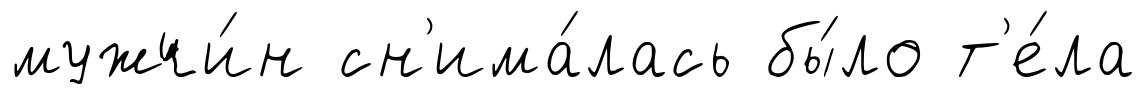
мужчи́н сн'има́лась бы́ло т'е́ла